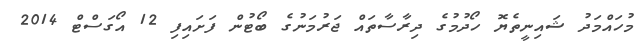
މުހައްމަދު ޝައިނީތެޔޮ ހޯދުމުގެ ދިރާސާތައް ޖަރުމަނުގެ ބޯޓުން ފަށައިފި 12 އޯގަސްޓް 2014